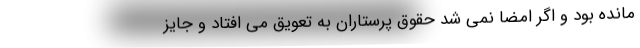
مانده بود و اگر امضا نمی شد حقوق پرستاران به تعویق می افتاد و جایز